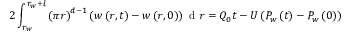
2 \int _ { r _ { w } } ^ { r _ { w } + l } \left( \pi r \right) ^ { d - 1 } \left( w \left( r , t \right) - w \left( r , 0 \right) \right) \mathrm { ~ d ~ } r = Q _ { 0 } t - U \left( P _ { w } \left( t \right) - P _ { w } \left( 0 \right) \right)